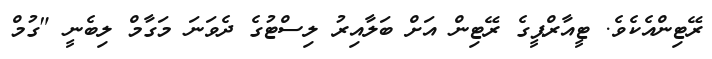
ރޭޓިންއެކެވެ. ޓީއާރްޕީގެ ރޭޓިން އަށް ބަލާއިރު ލިސްޓުގެ ދެވަނަ މަގާމް ލިބެނީ "ގުމް